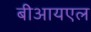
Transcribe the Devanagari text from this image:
बीआयएल